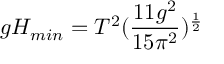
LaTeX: g H _ { m i n } = T ^ { 2 } ( \frac { 1 1 g ^ { 2 } } { 1 5 \pi ^ { 2 } } ) ^ { \frac { 1 } { 2 } }